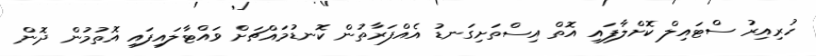
ހުރިއިރު ސްޓައިލް ކޮށްލާފައި އޮތް އިސްތަށިގަނޑު އެއްފަރާތުން ކޮނޑުމައްޗަށް ވައްޓާލައިފައި އޮތުމުން ދޮން